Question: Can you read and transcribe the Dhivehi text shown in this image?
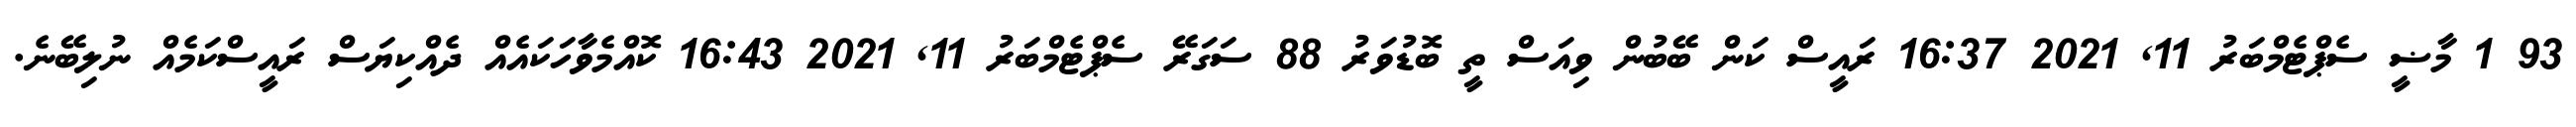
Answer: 93 1 މާޟީ ސެޕްޓެމްބަރު 11, 2021 16:37 ރައީސް ކަން ބޭބުން ވިއަސް ތީ ބޮޑުވަރު 88 ސަގަރޭ ސެޕްޓެމްބަރު 11, 2021 16:43 ކޮއްމެވާހަކައެއް ދެއްކިޔަސް ރައީސްކަމެއް ނުލިބޭނެ.